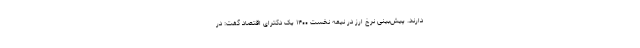
دارند. پیش‌بینی نرخ ارز در نیمه نخست ۱۴۰۰ یک دکترای اقتصاد گفت: در